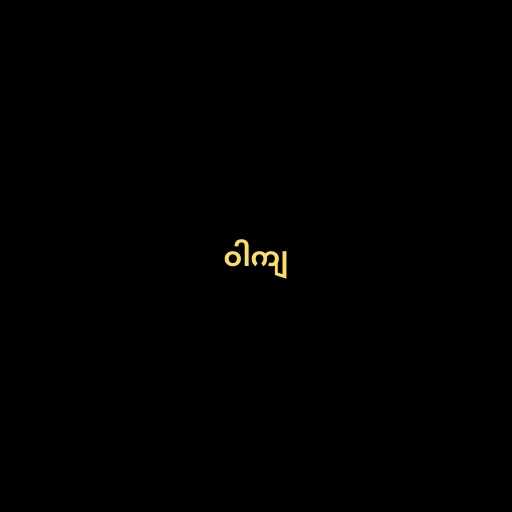
ဝါကျ